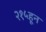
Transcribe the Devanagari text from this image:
२१५हून